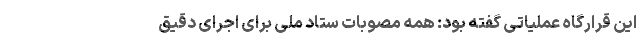
این قرارگاه عملیاتی گفته بود: همه مصوبات ستاد ملی برای اجرای دقیق